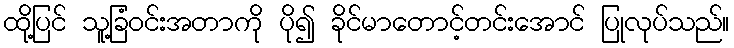
ထို့ပြင် သူ့ခြံဝင်းအတာကို ပို၍ ခိုင်မာတောင့်တင်းအောင် ပြုလုပ်သည်။